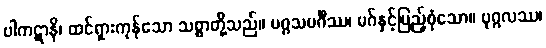
ပါကဋာနိ၊ ထင်ရှားကုန်သော သစ္စာတို့သည်။ မဂ္ဂသမင်္ဂီဿ၊ မဂ်နှင့်ပြည့်စုံသော။ ပုဂ္ဂလဿ၊